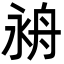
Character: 𦨤